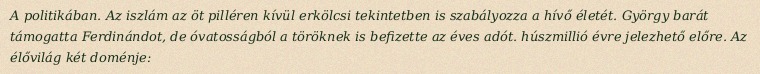
A politikában. Az iszlám az öt pilléren kívül erkölcsi tekintetben is szabályozza a hívő életét. György barát támogatta Ferdinándot, de óvatosságból a töröknek is befizette az éves adót. húszmillió évre jelezhető előre. Az élővilág két doménje: